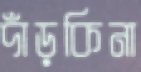
দাঁড়কিনা